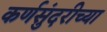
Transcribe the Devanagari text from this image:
कर्णसुंदरीच्या